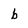
Character: b